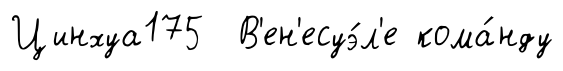
Цинхуа175 В'ен'есуэ́л'е кома́нду